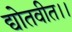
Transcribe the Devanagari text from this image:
द्योतवीत।।